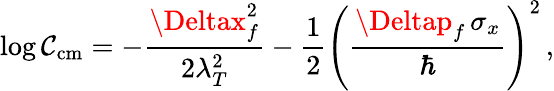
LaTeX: \log\mathcal{C}_{\mathrm{{cm}}}=-\frac{{\Deltax_{f}^{2}}}{{2\lambda_{T}^{2}}}-\frac{{1}}{{2}}\left(\frac{{\Deltap_{f}\, \sigma_{x}}}{{\hbar}}\right)^{2}\, ,